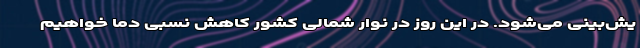
یش‌بینی می‌شود. در این روز در نوار شمالی کشور کاهش نسبی دما خواهیم